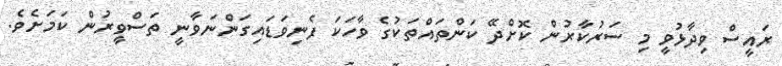
ރައީސް ވިދާޅުވީ މި ސަރުކާރުން ކޮށްދޭ ކަންތައްތަކުގެ ވާހަކަ ފެނިވަޑައިގަންނަވާނީ ތަސްވީރުން ކަމަށެވެ.